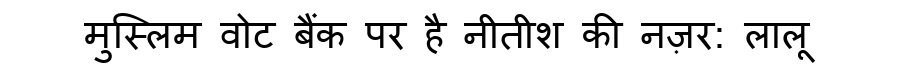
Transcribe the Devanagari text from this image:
मुस्लिम वोट बैंक पर है नीतीश की नज़र: लालू